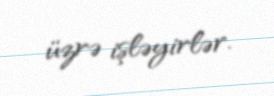
üzrə işləyirlər.